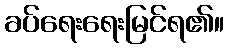
ခပ်ရေးရေးမြင်ရ၏။